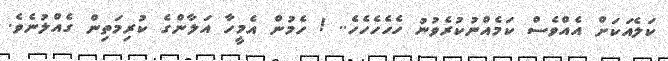
ކަލެއަކަށް އެއްވެސް ކަމެއްނުކުރެވުނު ހެހެހެހެހެ.. ! ހެމުން އެމީހާ އަލާންގެ ކުރިމަތިން ގެއްލުނެވެ.